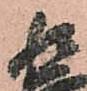
相